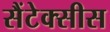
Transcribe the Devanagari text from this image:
सैंटेक्सीस